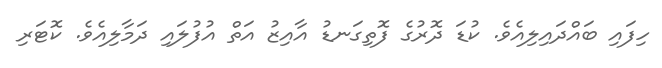
ހިފައި ބައްދައިލިއެވެ. ކުޑަ ދޮރުގެ ފޮތިގަނޑު އާއިޒު އަތް އުފުލައި ދަމާލިއެވެ. ކޮޓަރި